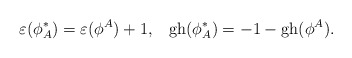
\begin{align*}\varepsilon(\phi_{A}^*)=\varepsilon(\phi^A)+1,\;\;\; {\rm gh}(\phi_{A}^*)=-1-{\rm gh}(\phi^A).\end{align*}